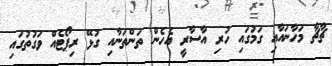
ޗާޗާ މަހާނައާއި ގަމުގައި ހުރި އާސާރީ އެހެން ތަންތަނާއި ގުޅޭ ރިޕޯޓެއް ވަގުތުގައި